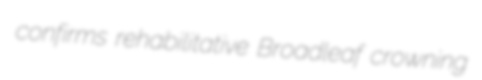
confirms rehabilitative Broadleaf crowning